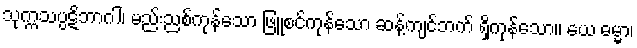
သုက္ကသပ္ပဋိဘာဂါ၊ မည်းညစ်ကုန်သော ဖြူစင်ကုန်သော ဆန့်ကျင်ဘက် ရှိကုန်သော။ ယေ ဓမ္မာ၊